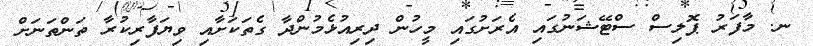
ނ. މާފަރު ޕޮލިސް ސްޓޭޝަނުގައި އެރަށުގައި މީހުން ދިރިއުޅެމުންދާ ގެތަކަށާއި ވިޔަފާރިކުރާ ތަންތަނަށް